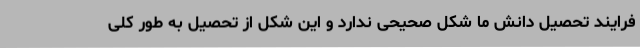
فرایند تحصیل دانش ما شکل صحیحی ندارد و این شکل از تحصیل به طور کلی